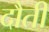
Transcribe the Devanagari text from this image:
दौती